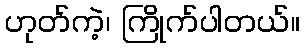
ဟုတ်ကဲ့၊ ကြိုက်ပါတယ်။